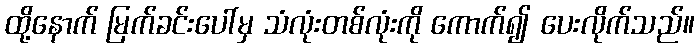
ထို့နောက် မြက်ခင်းပေါ်မှ သံလုံးတစ်လုံးကို ကောက်၍ ပေးလိုက်သည်။